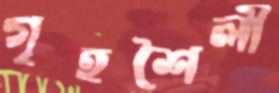
গৃহশৈলী